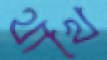
থাখে